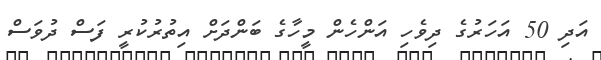
އަދި 50 އަހަރުގެ ދިވެހި އަންހެން މީހާގެ ބަންދަށް އިތުރުކުރީ ފަސް ދުވަސް